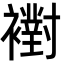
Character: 襨